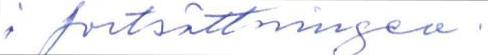
i fortsättningen.